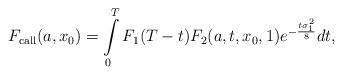
LaTeX: \begin{align*}F_{{\rm call}}(a, x_0)&=\int\limits_{0}^{T} F_1(T-t)F_2(a, t, x_0, 1)e^{-\frac{t\sigma^2 _1}{8}}dt,\end{align*}